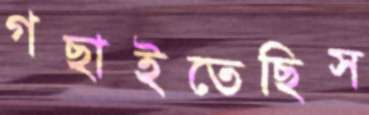
গছাইতেছিস